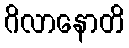
ဂိလာနောတိ